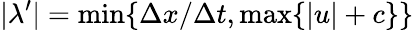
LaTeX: |\lambda^{\prime}|=\operatorname*{min}\{ \Delta x/\Delta t,\operatorname*{max}\{ |u|+c\} \}